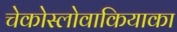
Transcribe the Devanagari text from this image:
चेकोस्लोवाकियाका